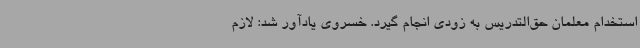
استخدام معلمان حق‌التدریس به زودی انجام گیرد. خسروی یادآور شد: لازم